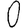
Digit: 0